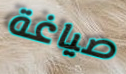
صياغة